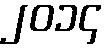
၂၀၁၄